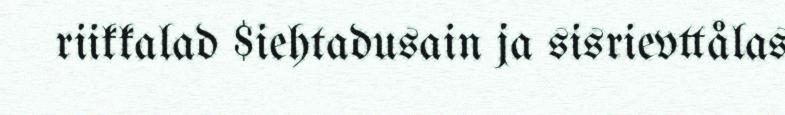
riikkalad $iehtadusain ja sisrievttålas